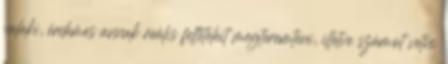
valaki, érdemes annak reális feltételeit megteremteni, illetve számot vetni